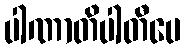
ပါဏာတိပါတီပေ